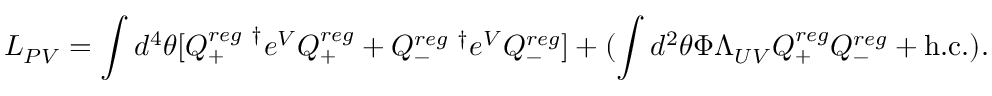
{ \cal L } _ { P V } = \int d ^ { 4 } \theta [ Q _ { + } ^ { r e g ~ \dagger } e ^ { V } Q _ { + } ^ { r e g } + Q _ { - } ^ { r e g ~ \dagger } e ^ { V } Q _ { - } ^ { r e g } ] + ( \int d ^ { 2 } \theta \Phi \Lambda _ { U V } Q _ { + } ^ { r e g } Q _ { - } ^ { r e g } + \mathrm { h . c . } ) .